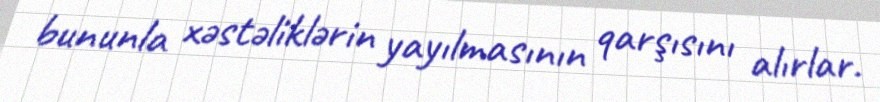
bununla xəstəliklərin yayılmasının qarşısını alırlar.